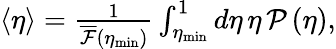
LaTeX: \begin{array}{r}{\left\langle\eta\right\rangle=\frac{1}{\overline{{\mathcal{F}}}(\eta_{\mathrm{min}})}\int_{\eta_{\mathrm{min}}}^{1}d\eta\, \eta\, \mathcal{P}\left(\eta\right),}\end{array}